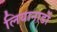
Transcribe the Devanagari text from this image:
लियानार्डो